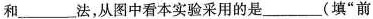
和___法，从图中看本实验采用的是___(填”前